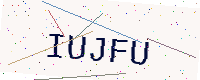
Text: IUJFU